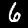
Digit: 6